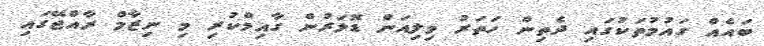
ބައެއް ގައުމުތަކުގައި ދެތިން ހަތަރު މިލިއަން ޑޮލަރުން ގާއިމްކުރި މި ނިޒާމް ރާއްޖޭގައި